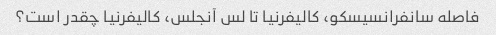
فاصله سانفرانسیسکو، کالیفرنیا تا لس آنجلس، کالیفرنیا چقدر است؟